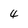
Character: 4